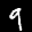
Label: 9